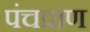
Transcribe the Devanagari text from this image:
पंचप्राण